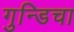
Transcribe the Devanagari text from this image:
गुन्डिचा